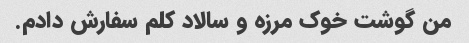
من گوشت خوک مرزه و سالاد کلم سفارش دادم.